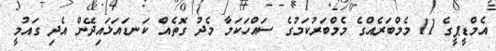
އެމްޑީޕީގެ 11 މެމްބަރެއްގެ މެމްބަރުކަމުގެ ސައްހަކަމާ މެދު ގޮތެއް ކަނޑައަޅައިދޭން އެދި ގައުމީ